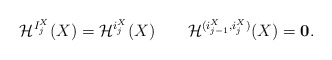
\begin{align*}\mathcal{H}^{I_j^X}(X)=\mathcal{H}^{i_j^X}(X)\qquad \mathcal{H}^{(i_{j-1}^X,i_{j}^X)}(X)=\mathbf{0}.\end{align*}